Ministerio: exteriores — Archivo: AGMAE-R39017
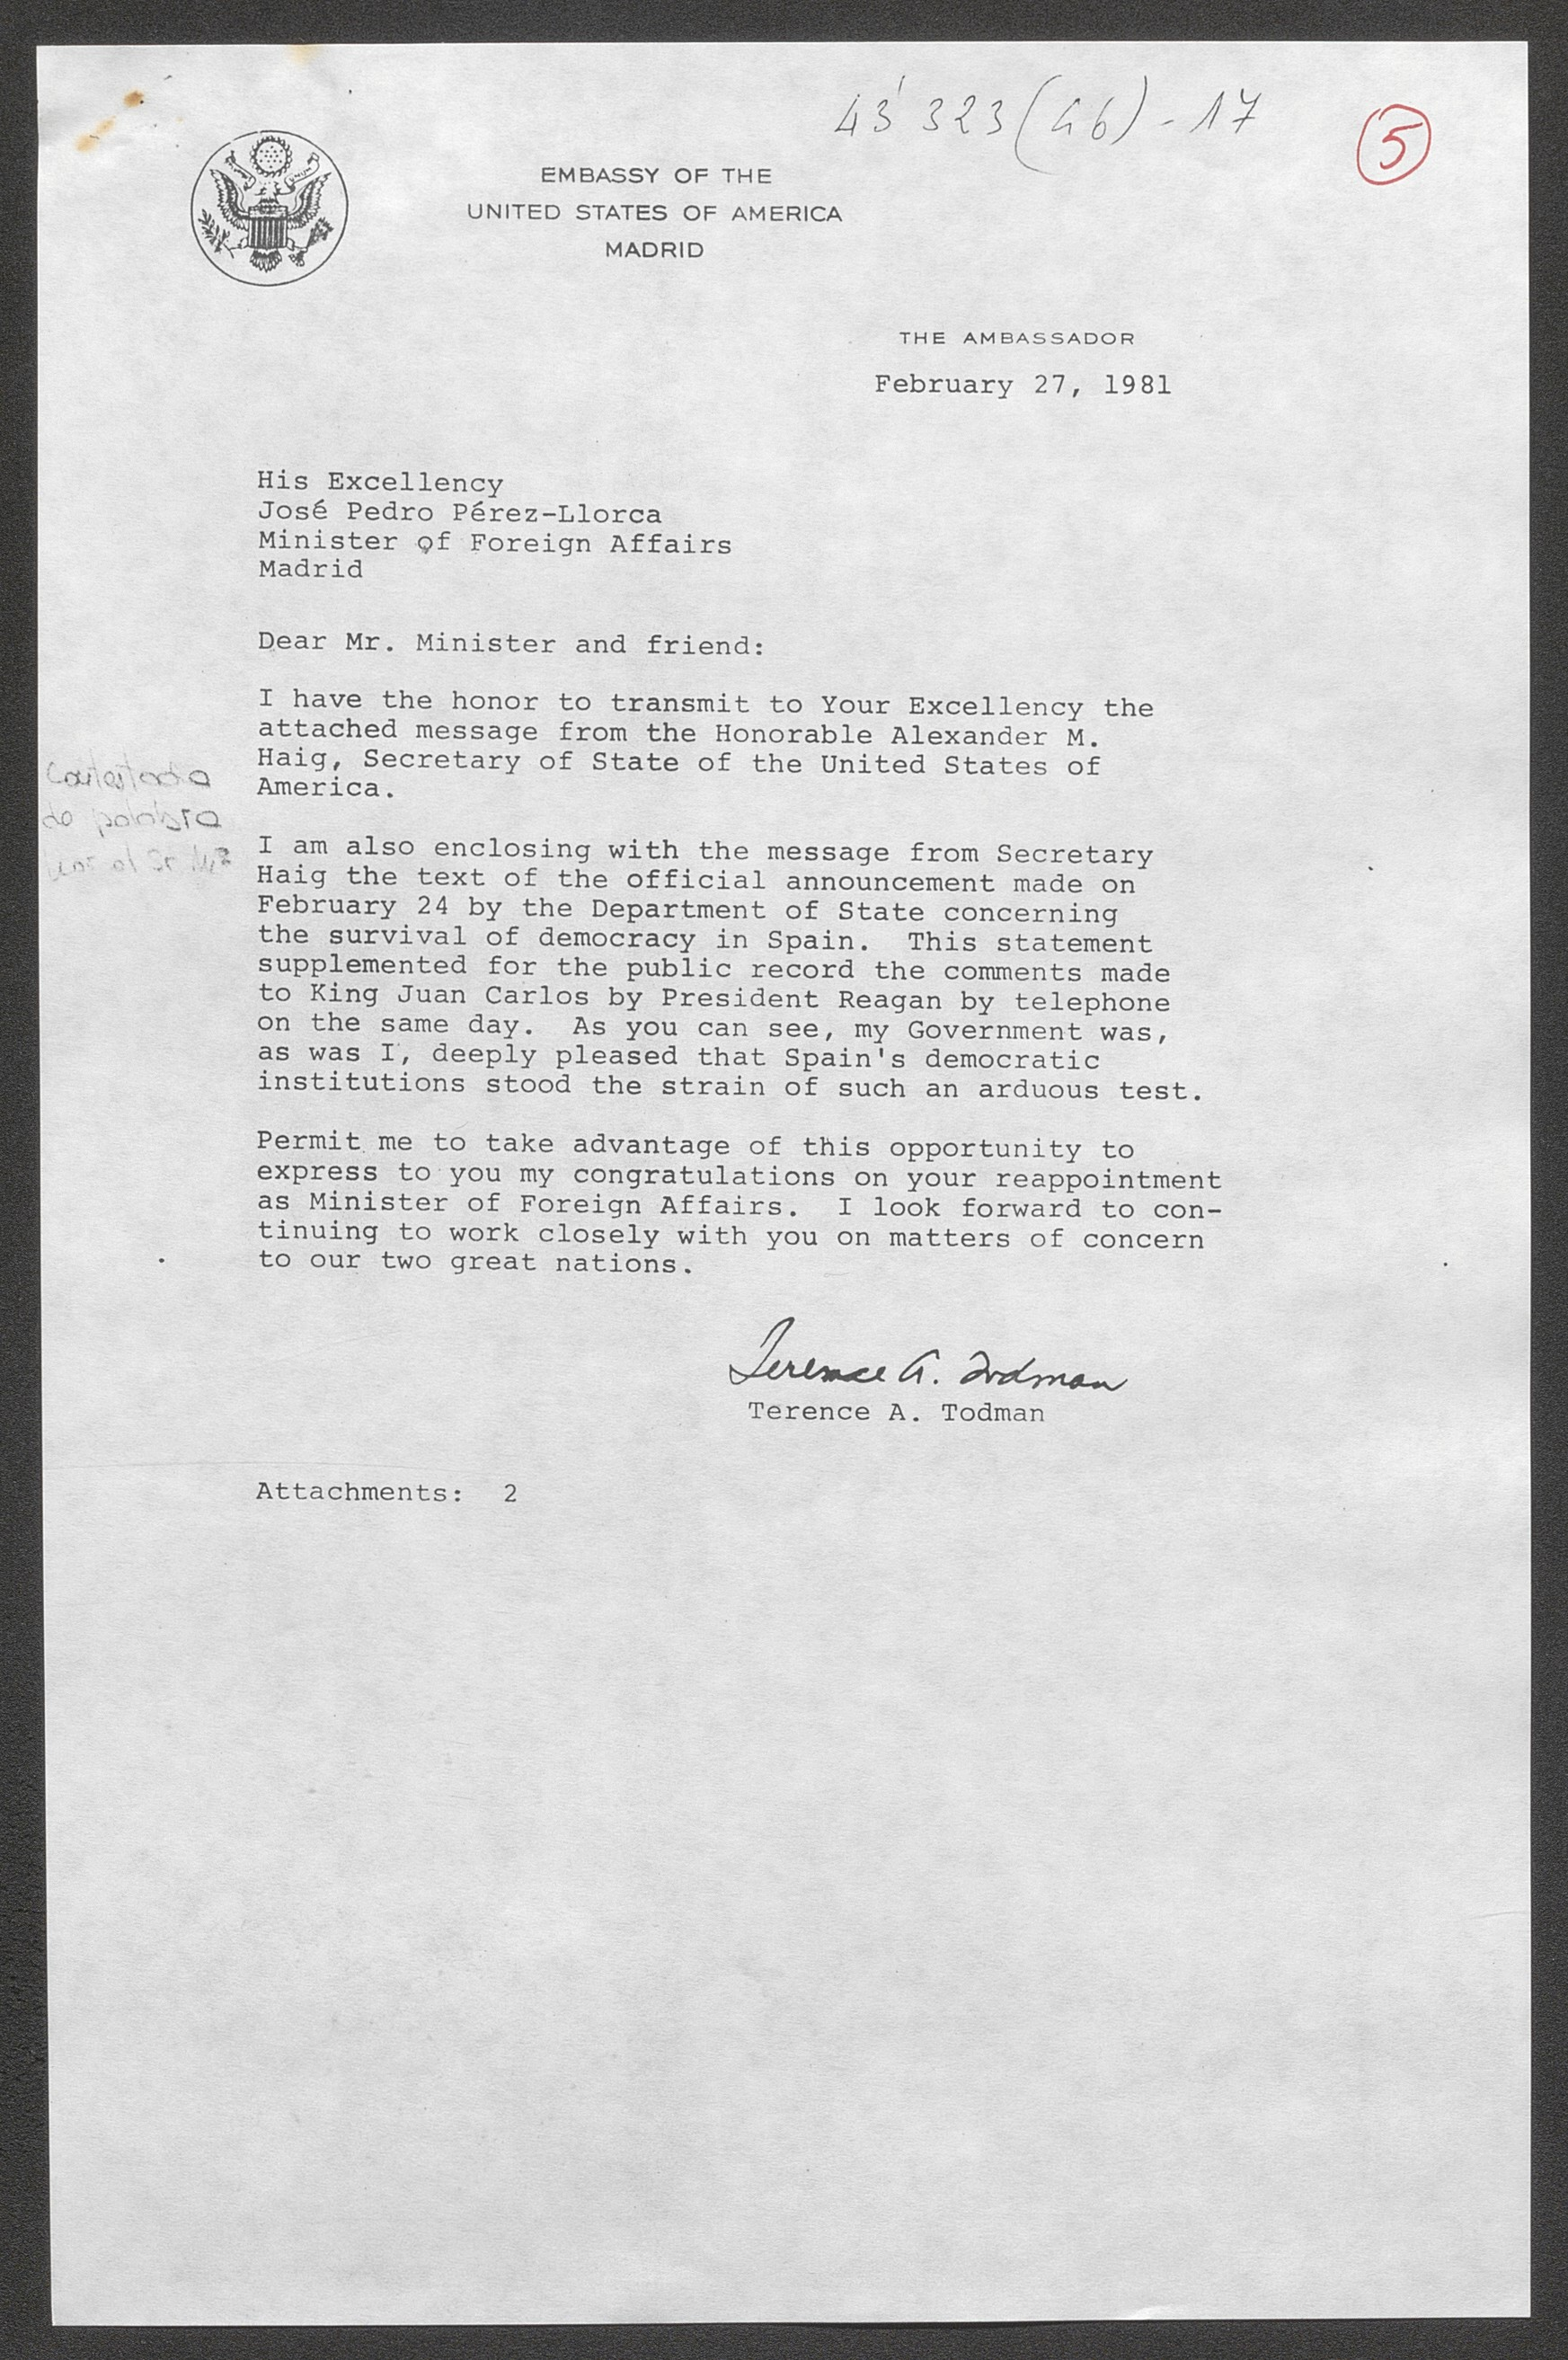
EMBASSY OF THE
UNITED STATES OF AMERICA
MADRID

THE AMBASSADOR
February 27, 1981

His Excellency
José Pedro Pérez-Llorca
Minister of Foreign Affairs
Madrid

Dear Mr. Minister and friend:

I have the honor to transmit to Your Excellency the attached message from the Honorable Alexander M. Haig, Secretary of State of the United States of America.

I am also enclosing with the message from Secretary of State of the United States of America.